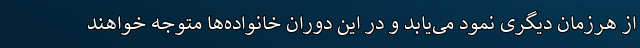
از هرزمان دیگری نمود می‌یابد و در این دوران خانواده‌ها متوجه خواهند